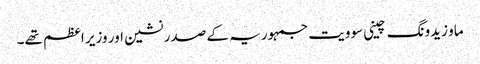
ماو زیدونگ چینی سوویت جمہوریہ کے صدر نشین اور وزیر اعظم تھے۔